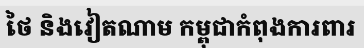
ថៃ និងវៀតណាម កម្ពុជាកំពុងការពារ